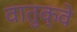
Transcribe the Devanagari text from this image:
वातुक्वे